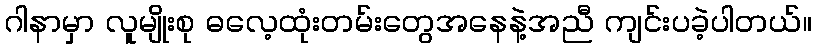
ဂါနာမှာ လူမျိုးစု ဓလေ့ထုံးတမ်းတွေအနေနဲ့အညီ ကျင်းပခဲ့ပါတယ်။